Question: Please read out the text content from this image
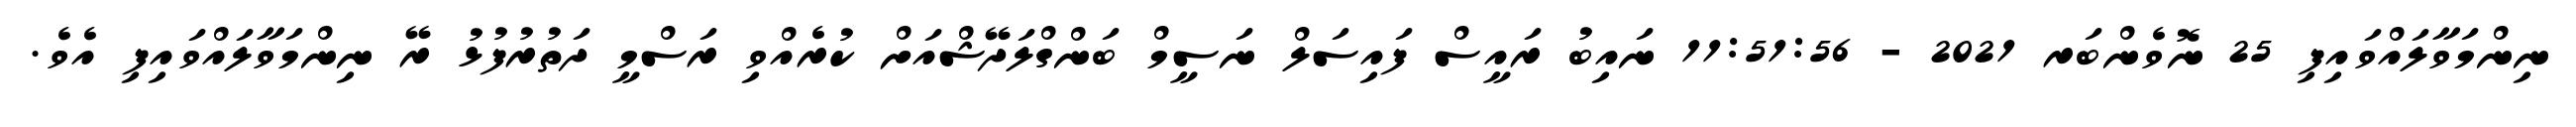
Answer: ނިންމަވާލައްވައިފި 25 ނޮވެންބަރ 2021 - 11:51:56 ނައިބު ރައީސް ފައިސަލް ނަސީމް ބަންގްލަދޭޝްއަށް ކުރެއްވި ރަސްމީ ދަތުރުފުޅު ރޭ ނިންމަވާލައްވައިފި އެވެ.